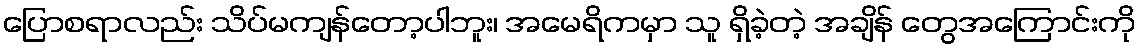
ပြောစရာလည်း သိပ်မကျန်တော့ပါဘူး၊ အမေရိကမှာ သူ ရှိခဲ့တဲ့ အချိန် တွေအကြောင်းကို